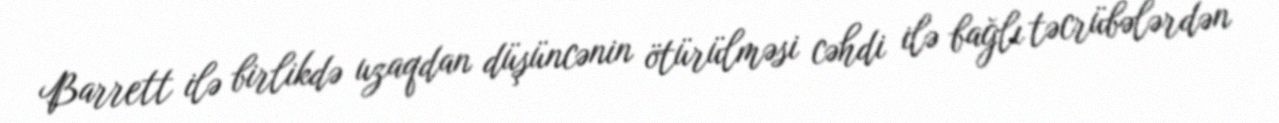
Barrett ilə birlikdə uzaqdan düşüncənin ötürülməsi cəhdi ilə bağlı təcrübələrdən